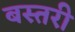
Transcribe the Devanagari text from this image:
बस्तरी